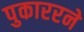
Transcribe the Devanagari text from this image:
पुकाररने